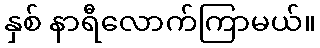
နှစ် နာရီလောက်ကြာမယ်။